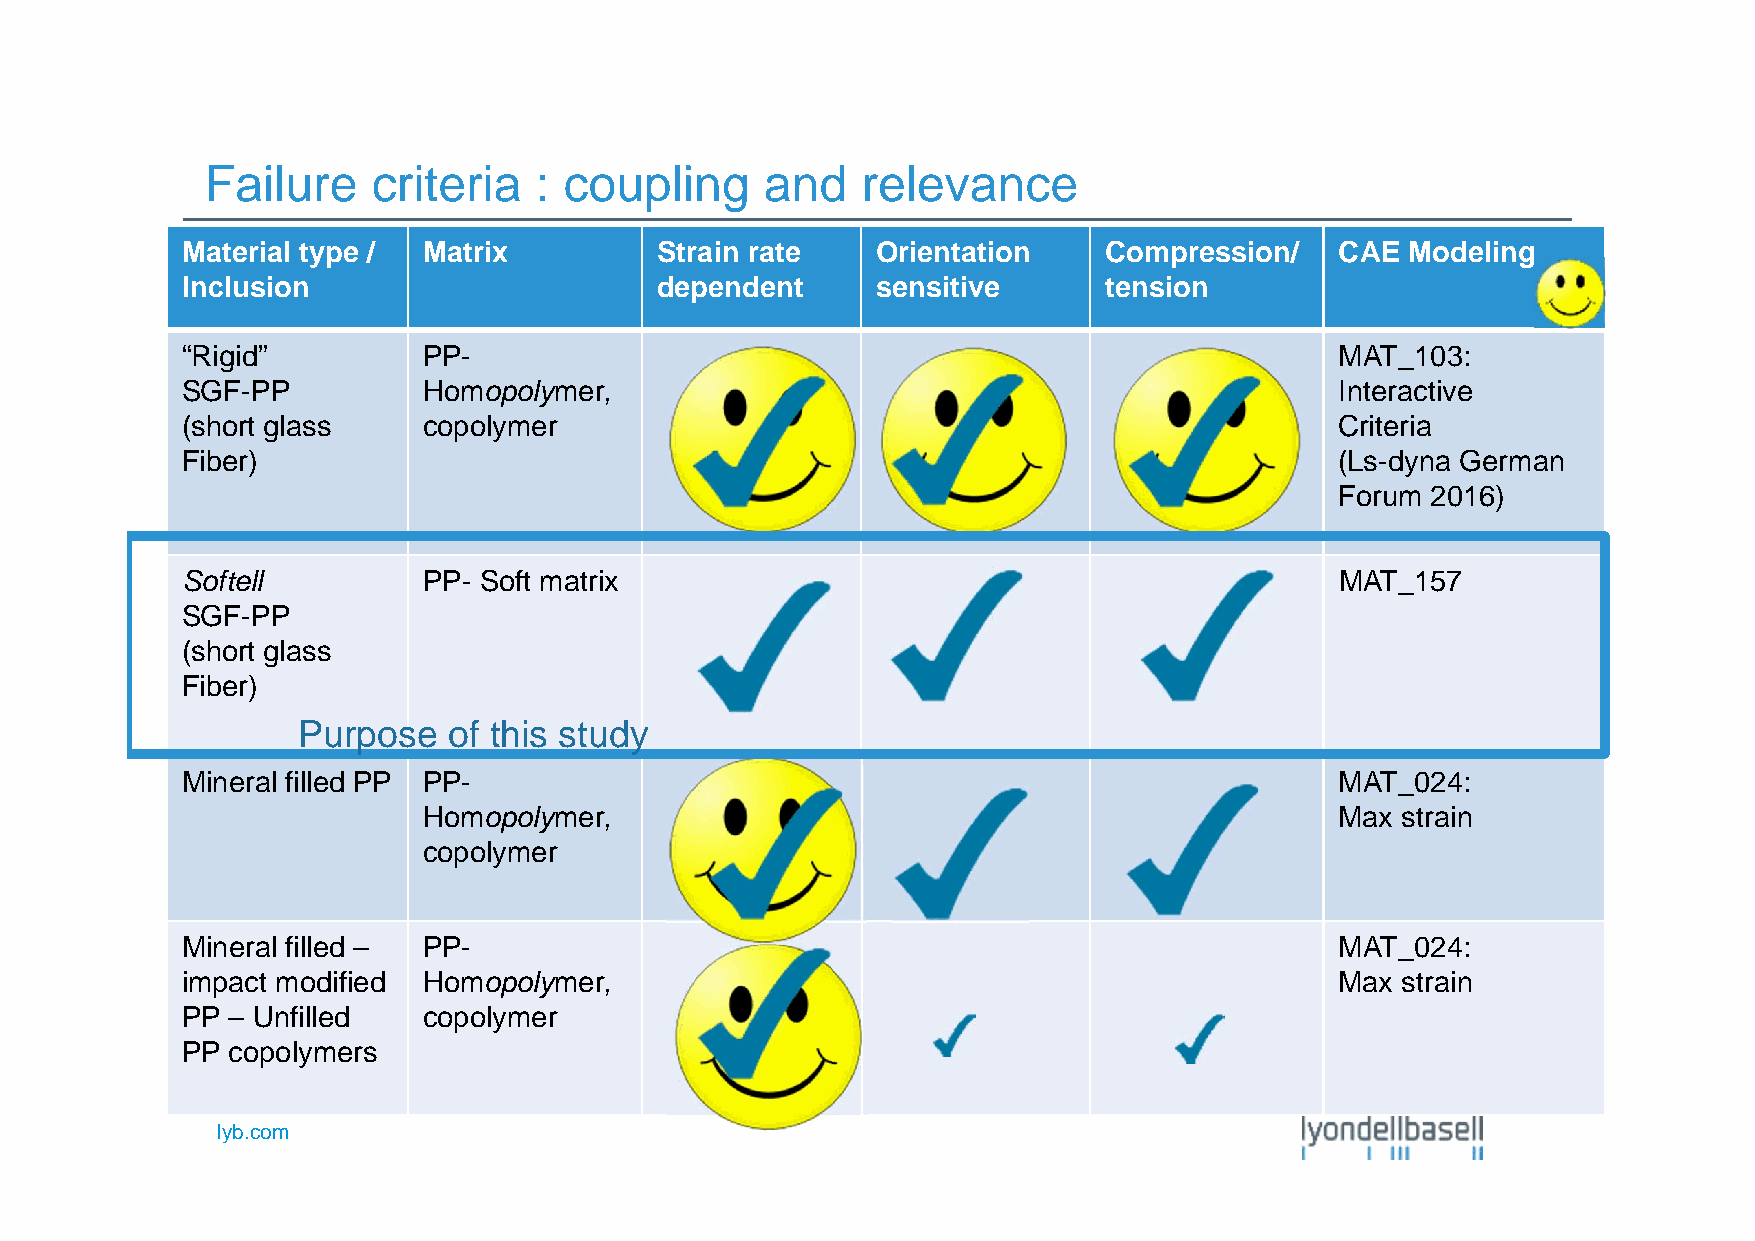
Failure    criteria  : coupling      and   relevance
 Material type / Matrix         Strain rate    Orientation    Compression/    CAE Modeling
 Inclusion                      dependent      sensitive      tension
 “Rigid”         PP-                                                          MAT_103:
 SGF-PP          Homopolymer,                                                 Interactive
 (short glass    copolymer                                                    Criteria
 Fiber)                                                                       (Ls-dyna German
 Forum 2016)
 Softell         PP- Soft matrix                                              MAT_157
 SGF-PP
 (short glass
 Fiber)
 Purpose   of this study
 Mineral filled PP PP-                                                        MAT_024:
 Homopolymer,                                                 Max strain
 copolymer
 Mineral filled – PP-                                                         MAT_024:
 impact modified Homopolymer,                                                 Max strain
 PP – Unfilled   copolymer
 PP copolymers
 lyb.com